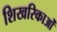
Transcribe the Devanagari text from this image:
शिखरिकाओं